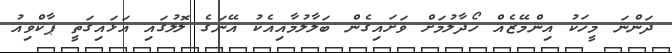
ދަންނަ މީހަކު އިންމޭޒެއް ހޯދާލުމަށް ވަށައިގެން ބަލާލުމާއިއެކު އޭނަގެ ލޮލުގައި އަޅައިގަތީ ޕާކްވިއު